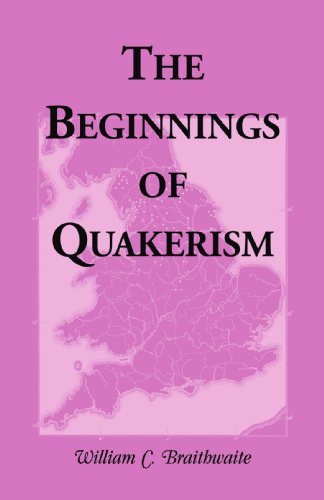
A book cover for The Beginnings of Quakerism; William C. Braithwaite; Christian Books & Bibles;